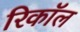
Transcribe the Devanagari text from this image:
रिकाॅल